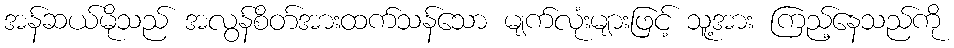
အန်ဆယ်မိုသည် အလွန်စိတ်အားထက်သန်သော မျက်လုံးများဖြင့် သူ့အား ကြည့်နေသည်ကို